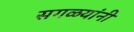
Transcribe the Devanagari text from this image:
सगळयांनी